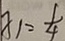
x _ { 1 } = \frac { 1 } { 4 }